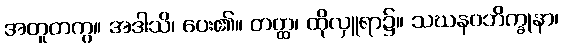
အတူတကွ။ အဒါသိ၊ ပေး၏။ တတ္ထ၊ ထိုလှူရာ၌။ သဃနဝဘိက္ခုနာ၊